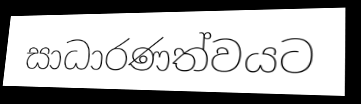
සාධාරණත්වයට